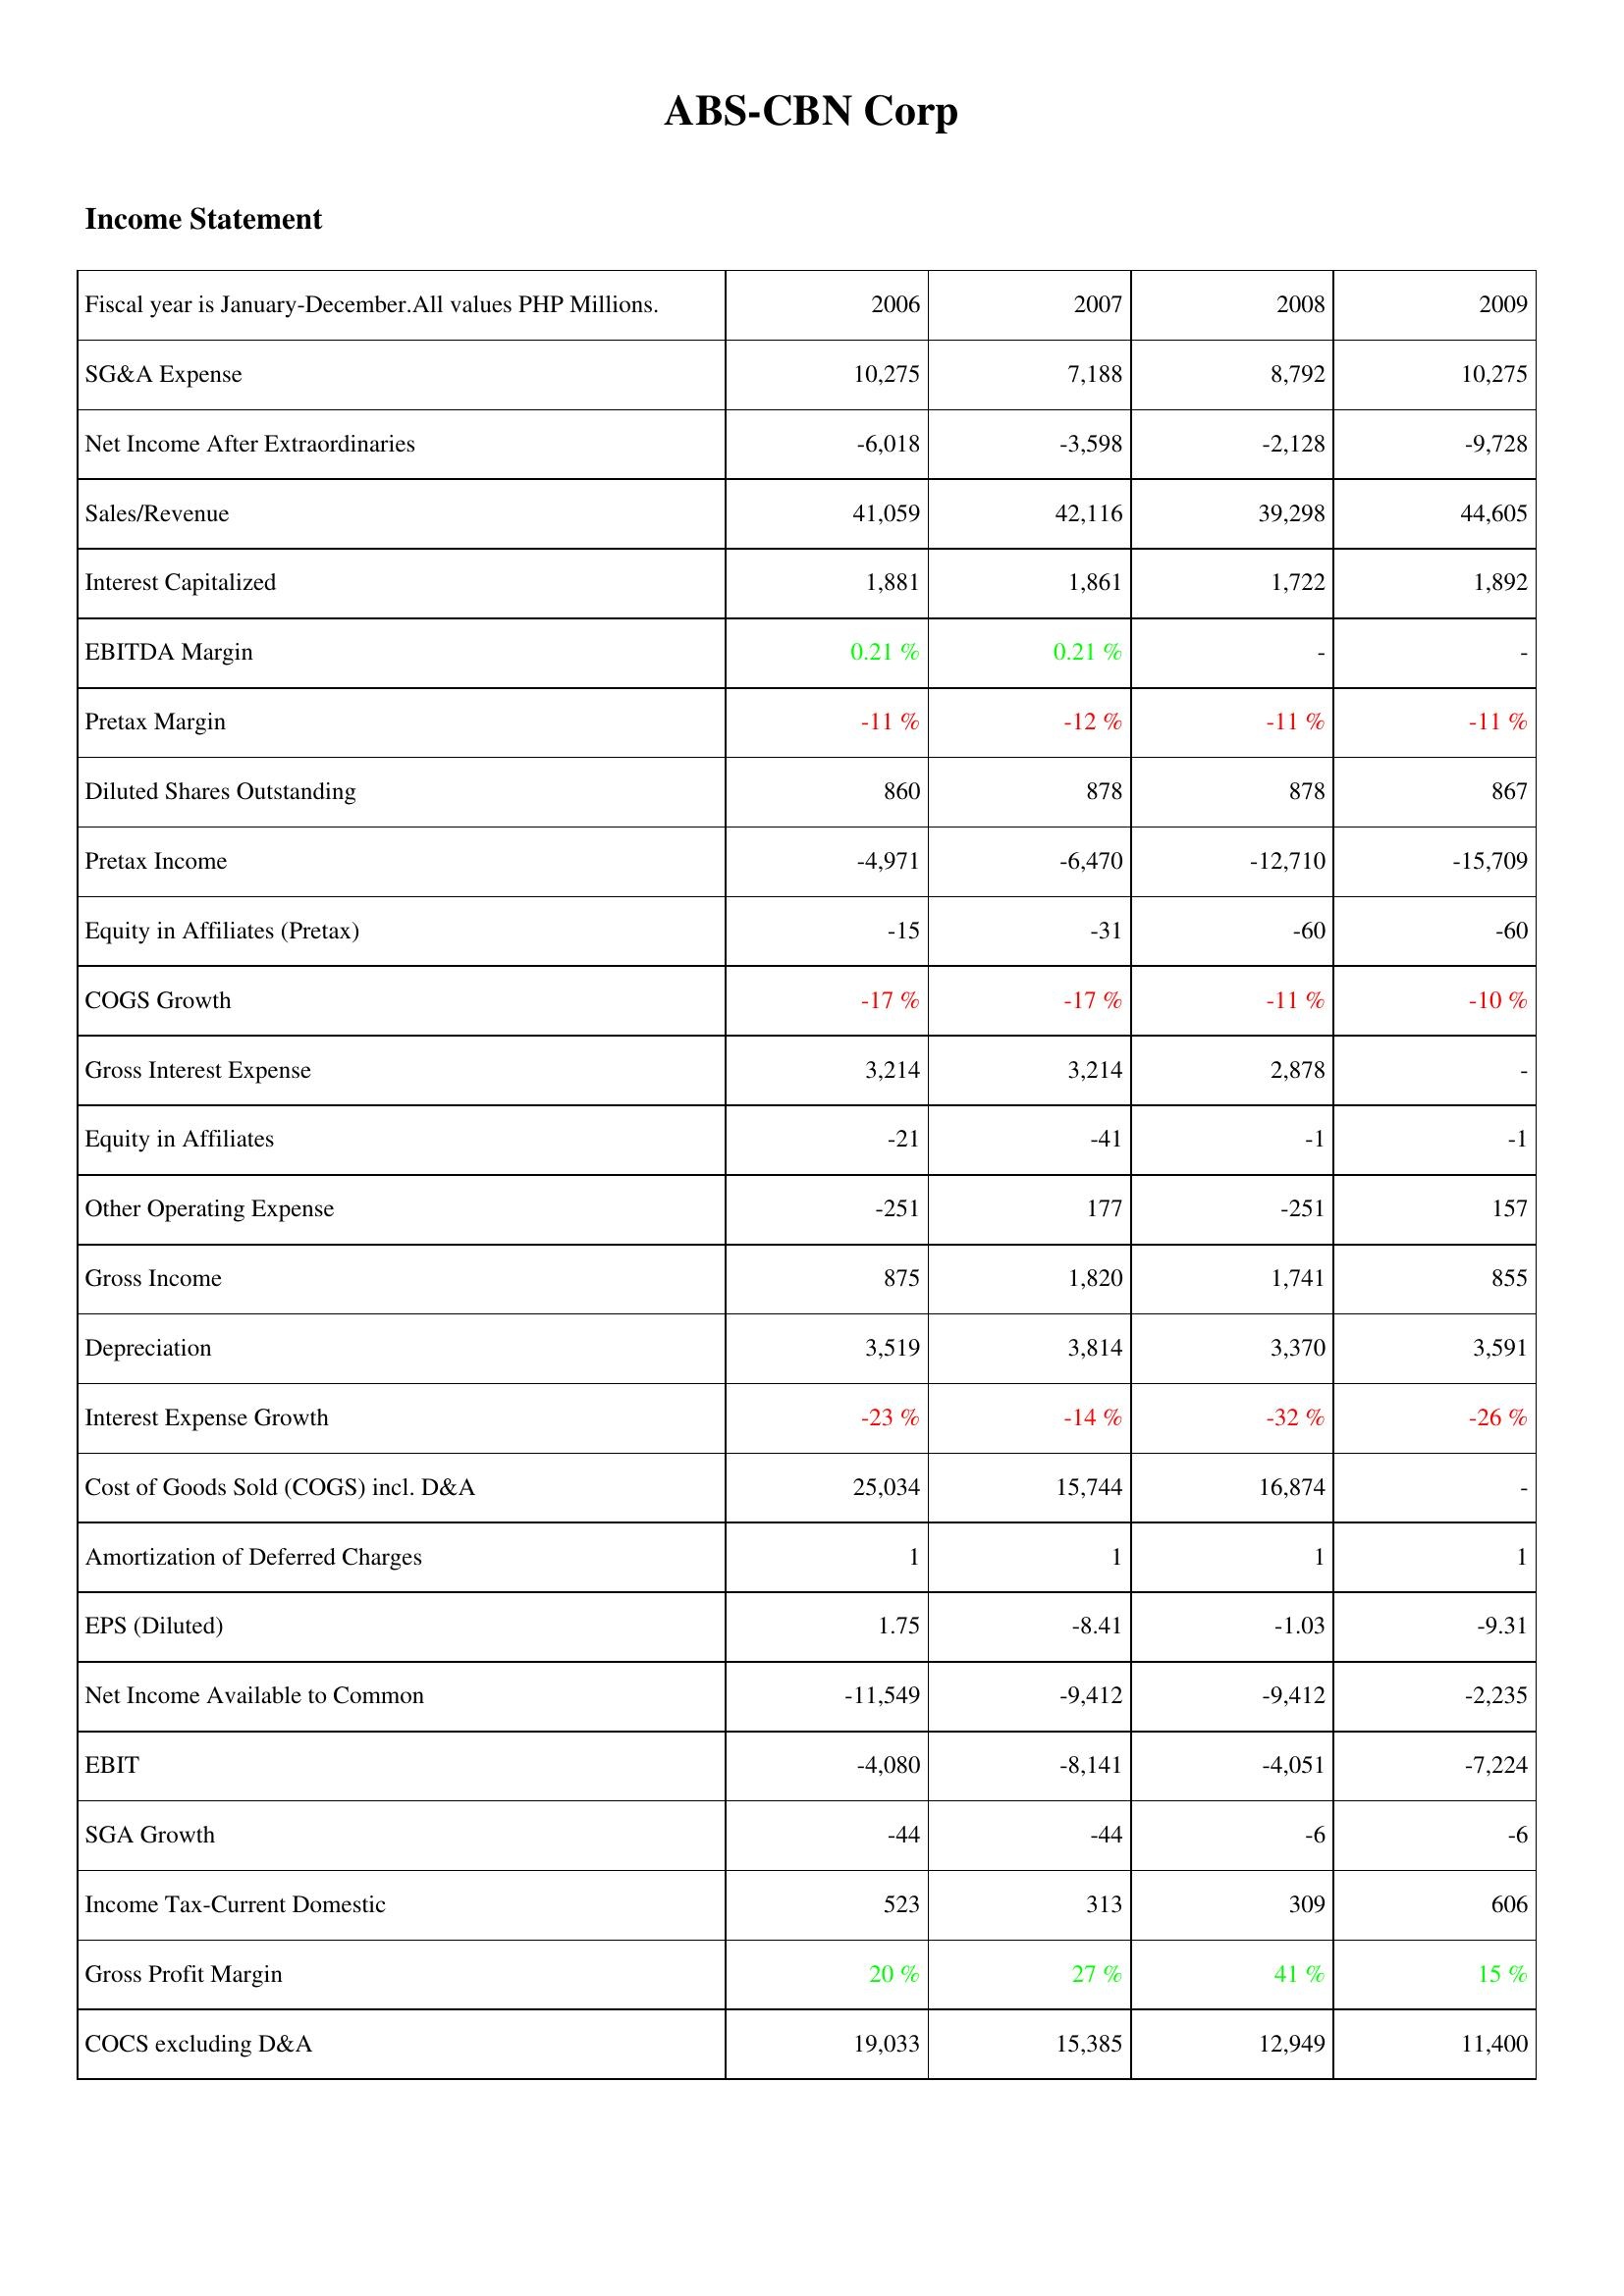
2006: Income Statement: SG&A Expense: 10,275
Net Income After Extraordinaries: -6,018
Sales/Revenue: 41,059
Interest Capitalized: 1,881
EBITDA Margin: 0.21 %
Pretax Margin: -11 %
Diluted Shares Outstanding: 860
Pretax Income: -4,971
Equity in Affiliates (Pretax): -15
COGS Growth: -17 %
Gross Interest Expense: 3,214
Equity in Affiliates: -21
Other Operating Expense: -251
Gross Income: 875
Depreciation: 3,519
Interest Expense Growth: -23 %
Cost of Goods Sold (COGS) incl. D&A: 25,034
Amortization of Deferred Charges: 1
EPS (Diluted): 1.75
Net Income Available to Common: -11,549
EBIT: -4,080
SGA Growth: -44
Income Tax-Current Domestic: 523
Gross Profit Margin: 20 %
COCS excluding D&A: 19,033
2007: Income Statement: SG&A Expense: 7,188
Net Income After Extraordinaries: -3,598
Sales/Revenue: 42,116
Interest Capitalized: 1,861
EBITDA Margin: 0.21 %
Pretax Margin: -12 %
Diluted Shares Outstanding: 878
Pretax Income: -6,470
Equity in Affiliates (Pretax): -31
COGS Growth: -17 %
Gross Interest Expense: 3,214
Equity in Affiliates: -41
Other Operating Expense: 177
Gross Income: 1,820
Depreciation: 3,814
Interest Expense Growth: -14 %
Cost of Goods Sold (COGS) incl. D&A: 15,744
Amortization of Deferred Charges: 1
EPS (Diluted): -8.41
Net Income Available to Common: -9,412
EBIT: -8,141
SGA Growth: -44
Income Tax-Current Domestic: 313
Gross Profit Margin: 27 %
COCS excluding D&A: 15,385
2008: Income Statement: SG&A Expense: 8,792
Net Income After Extraordinaries: -2,128
Sales/Revenue: 39,298
Interest Capitalized: 1,722
EBITDA Margin: -
Pretax Margin: -11 %
Diluted Shares Outstanding: 878
Pretax Income: -12,710
Equity in Affiliates (Pretax): -60
COGS Growth: -11 %
Gross Interest Expense: 2,878
Equity in Affiliates: -1
Other Operating Expense: -251
Gross Income: 1,741
Depreciation: 3,370
Interest Expense Growth: -32 %
Cost of Goods Sold (COGS) incl. D&A: 16,874
Amortization of Deferred Charges: 1
EPS (Diluted): -1.03
Net Income Available to Common: -9,412
EBIT: -4,051
SGA Growth: -6
Income Tax-Current Domestic: 309
Gross Profit Margin: 41 %
COCS excluding D&A: 12,949
2009: Income Statement: SG&A Expense: 10,275
Net Income After Extraordinaries: -9,728
Sales/Revenue: 44,605
Interest Capitalized: 1,892
EBITDA Margin: -
Pretax Margin: -11 %
Diluted Shares Outstanding: 867
Pretax Income: -15,709
Equity in Affiliates (Pretax): -60
COGS Growth: -10 %
Gross Interest Expense: -
Equity in Affiliates: -1
Other Operating Expense: 157
Gross Income: 855
Depreciation: 3,591
Interest Expense Growth: -26 %
Cost of Goods Sold (COGS) incl. D&A: -
Amortization of Deferred Charges: 1
EPS (Diluted): -9.31
Net Income Available to Common: -2,235
EBIT: -7,224
SGA Growth: -6
Income Tax-Current Domestic: 606
Gross Profit Margin: 15 %
COCS excluding D&A: 11,400